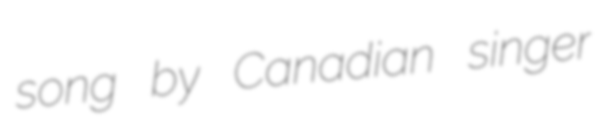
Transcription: song by Canadian singer